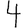
Digit: 4